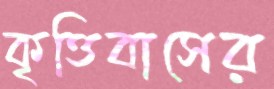
কৃত্তিবাসের